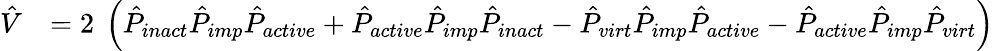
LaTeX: \begin{array}{rl}{\hat{V}}&{=2\ \left(\hat{P}_{inact}\hat{P}_{imp}\hat{P}_{active}+\hat{P}_{active}\hat{P}_{imp}\hat{P}_{inact}-\hat{P}_{virt}\hat{P}_{imp}\hat{P}_{active}-\hat{P}_{active}\hat{P}_{imp}\hat{P}_{virt}\right)}\end{array}